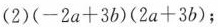
(2)$$( - 2 a + 3 b ) ( 2 a + 3 b )$$；